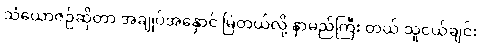
သံယောဇဉ်ဆိုတာ အချုပ်အနှောင် မြဲတယ်လို့ နာမည်ကြီး တယ် သူငယ်ချင်း